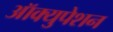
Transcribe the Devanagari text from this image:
ऑक्युपेशन